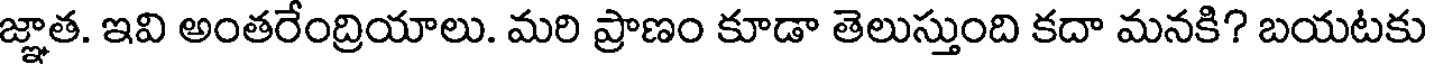
జ్ఞాత. ఇవి అంతరేంద్రియాలు. మరి ప్రాణం కూడా తెలుస్తుంది కదా మనకి? బయటకు